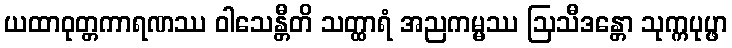
ယထာဝုတ္တကာရဏဿ ဝါသေန္တီတိ သတ္ထာရံ အညကမ္မဿ ဩသီဒန္တော သုက္ကပုပ္ဖာ